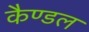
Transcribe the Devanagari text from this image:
कैण्डल